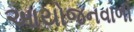
આયોજનવાળી